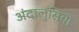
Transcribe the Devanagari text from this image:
अंदालुसिया